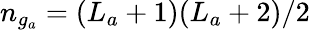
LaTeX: n_{g_{a}}=(L_{a}+1)(L_{a}+2)/2